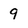
Character: 9